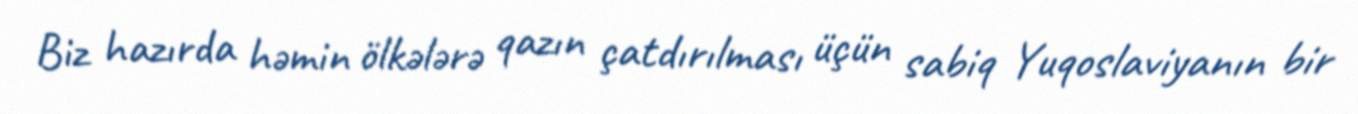
Biz hazırda həmin ölkələrə qazın çatdırılması üçün sabiq Yuqoslaviyanın bir